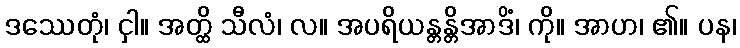
ဒဿေတုံ၊ ငှါ။ အတ္ထိ သီလံ၊ လ။ အပရိယန္တန္တိအာဒိံ၊ ကို။ အာဟ၊ ၏။ ပန၊